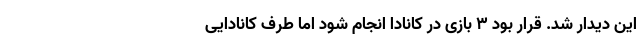
این دیدار شد. قرار بود ۳ بازی در کانادا انجام شود اما طرف کانادایی